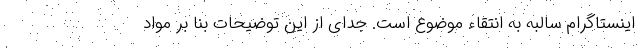
اینستاگرام سالبه به انتقاء موضوع است. جدای از این توضیحات بنا بر مواد